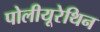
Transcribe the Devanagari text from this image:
पोलीयूरेथिन